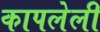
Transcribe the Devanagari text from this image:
कापलेली